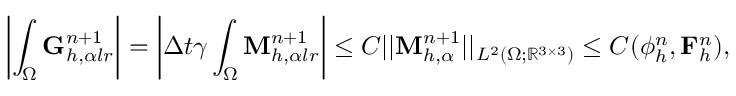
\left| \int _ { \Omega } \mathbf { G } _ { h , \alpha l r } ^ { n + 1 } \right| = \left| \Delta t \gamma \int _ { \Omega } \mathbf { M } _ { h , \alpha l r } ^ { n + 1 } \right| \leq C | | \mathbf { M } _ { h , \alpha } ^ { n + 1 } | | _ { L ^ { 2 } ( \Omega ; \mathbb { R } ^ { 3 \times 3 } ) } \leq C ( \phi _ { h } ^ { n } , \mathbf { F } _ { h } ^ { n } ) ,